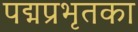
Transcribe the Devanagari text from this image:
पद्मप्रभृतका